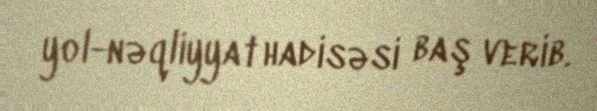
yol-nəqliyyat hadisəsi baş verib.